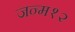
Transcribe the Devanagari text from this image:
जन्म१२